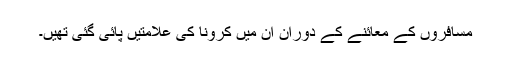
مسافروں کے معائنے کے دوران ان میں کرونا کی علامتیں پائی گئی تھیں۔